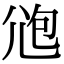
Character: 𡯚